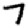
Digit: 7